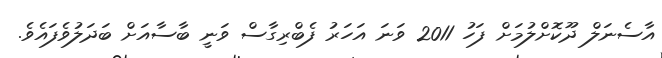
އާސެނަލް ދޫކޮށްލުމަށް ފަހު 2011 ވަނަ އަހަރު ފެބްރިގާސް ވަނީ ބާސާއަށް ބަދަލުވެފައެވެ.